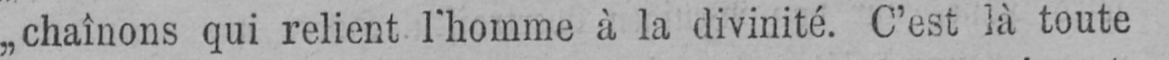
„chaînons qui relient l’homme à la divinité. C’est là toute